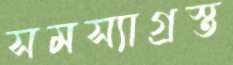
সমস্যাগ্রস্ত